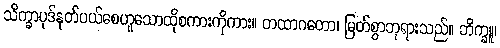
သိက္ခာပုဒ်နုတ်ပယ်စေဟူသောထိုစကားကိုကား။ တထာဂတော၊ မြတ်စွာဘုရားသည်။ ဘိက္ခူ၊